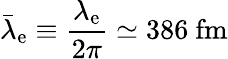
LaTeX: {\bar{\lambda}}_{\mathrm{e}}\equiv{\frac{\lambda_{\mathrm{e}}}{2\pi}}\simeq 386~{\textrm{fm}}